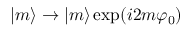
| m \rangle \rightarrow | m \rangle \exp ( i 2 m \varphi _ { 0 } )